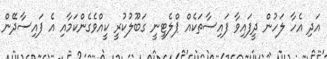
އަދި އެހާ ލަހުން ދީފައިވާ ފައިސާތަކެއް ޕްލެޓީނީ ގަބޫލުކުރީ ކީއްވެގެންކަމާއި އެ ފައިސާދޭން